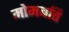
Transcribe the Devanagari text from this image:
मोमबत्ति